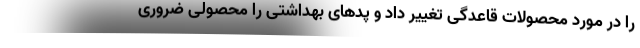
را در مورد محصولات قاعدگی تغییر داد و پدهای بهداشتی را محصولی ضروری